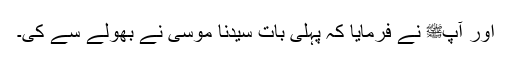
اور آپﷺ نے فرمایا کہ پہلی بات سیدنا موسیٰؑ نے بھولے سے کی۔